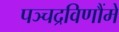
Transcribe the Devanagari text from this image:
पञ्चद्रविणौंमे